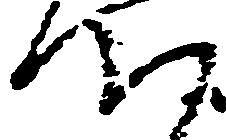
つ